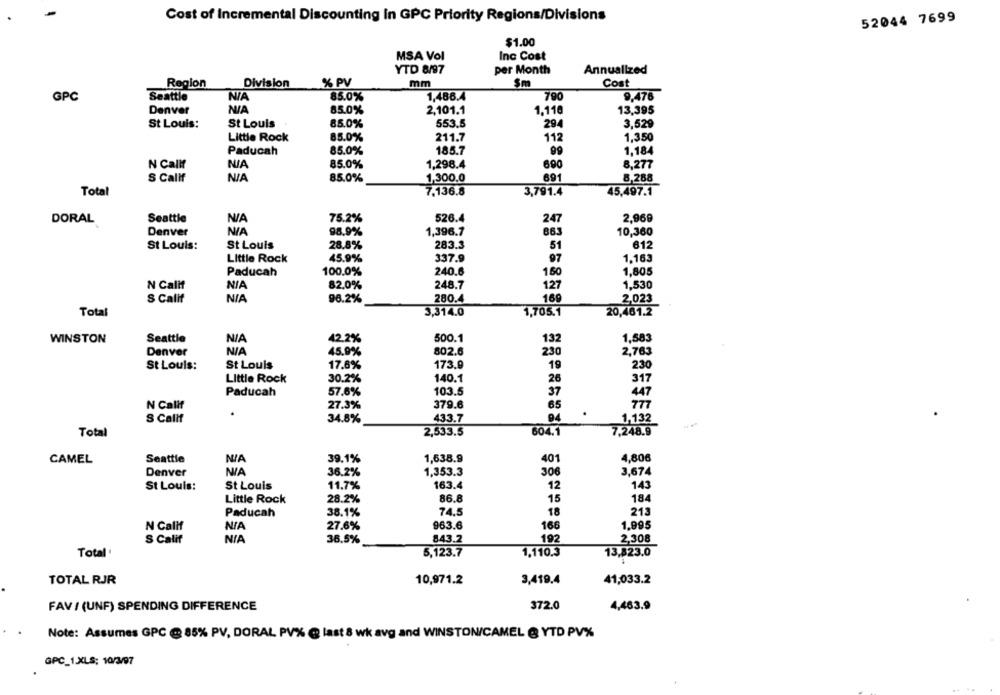
Cost of Incremental Discounting in GPC Priority Regions/Divisions
52044 7699
$1.00
MSA Vol
Inc Cost
YTD 8/97
per Month
Annualized
Region
Division
% PV
mm
Sm
Cost
GPC
Seattle
85.0%
1,486.4
790
9,476
Denver
85.0%
2,101.1
1.110
13,395
St Louis:
St Louis
85.0%
553.5
294
3,529
Little Rock
85.0%
211.7
112
1,350
Paducah
85.0%
18.5.7
99
1,184
N Calif
85.0%
1,298.4
690
8,277
S Calif
85.0%
1,300.0
691
8,288
Total
7.136.8
3,791.4
45,497.1
DORAL
Seattle
75.2%
526.4
24
2,969
Denver
98.9%
1,396.7
863
10,360
St Louis:
St Louis
28.8%
283.3
51
612
337.9
1,163
Little Rock
45.9%
97
240.6
1,805
Paducah
100.0%
160
N Calif
248.7
127
1,530
NIA
82,0%
280.4
169
2,023
S Calif
96.2%
Total
3,314.0
1,705.1
20,461.2
WINSTON
Seattle
42.2%
500.1
132
1,583
Denver
45.9%
802.6
230
2,763
St Louis:
St Louis
17.6%
173.9
19
23
Little Rock
30.2%
140.1
26
317
Paducah
57.6%
103.5
37
447
N Calif
27.3%
379.6
65
777
94
S Callf
34.8%
433.7
1,132
604.1
Total
2,533.5
7,248.9
CAMEL
Seattle
39.1%
1,638.9
401
4,80€
Denver
36.2%
1,353.3
306
3,674
St Louis:
St Louis
11.7%
163.4
12
143
Little Rock
28.2%
86.8
15
184
Paducah
38.1%
74.5
18
213
N Calif
27.6%
963.6
166
1.995
S Calif
36.5%
843.2
192
2,308
Total
5,123.7
1.110.3
13,823.0
TOTAL RJR
10,971.2
3,419.4
41,033.2
FAV / (UNF) SPENDING DIFFERENCE
372.0
4,463.9
Note: Assumes GPC @ 85% PV, DORAL PV% @ last 8 wk avg and WINSTON/CAMEL @ YTD PV%
GPC_1.XLS: 10/3/97